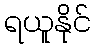
ရယူနိုင်